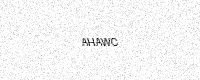
Text: AHAWC